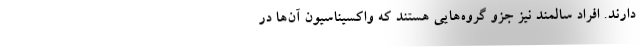
دارند. افراد سالمند نیز جزو گروه‌هایی هستند که واکسیناسیون آن‌ها در